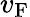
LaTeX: v_{\mathrm{{F}}}